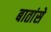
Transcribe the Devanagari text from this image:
बातांसे